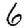
Digit: 6